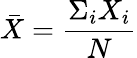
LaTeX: \bar{X}=\frac{\Sigma_{i}X_{i}}{N}